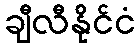
ချီလီနိုင်ငံ